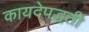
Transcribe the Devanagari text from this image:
कायदेपद्धती